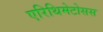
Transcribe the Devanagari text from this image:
एरिथिमेटोसस